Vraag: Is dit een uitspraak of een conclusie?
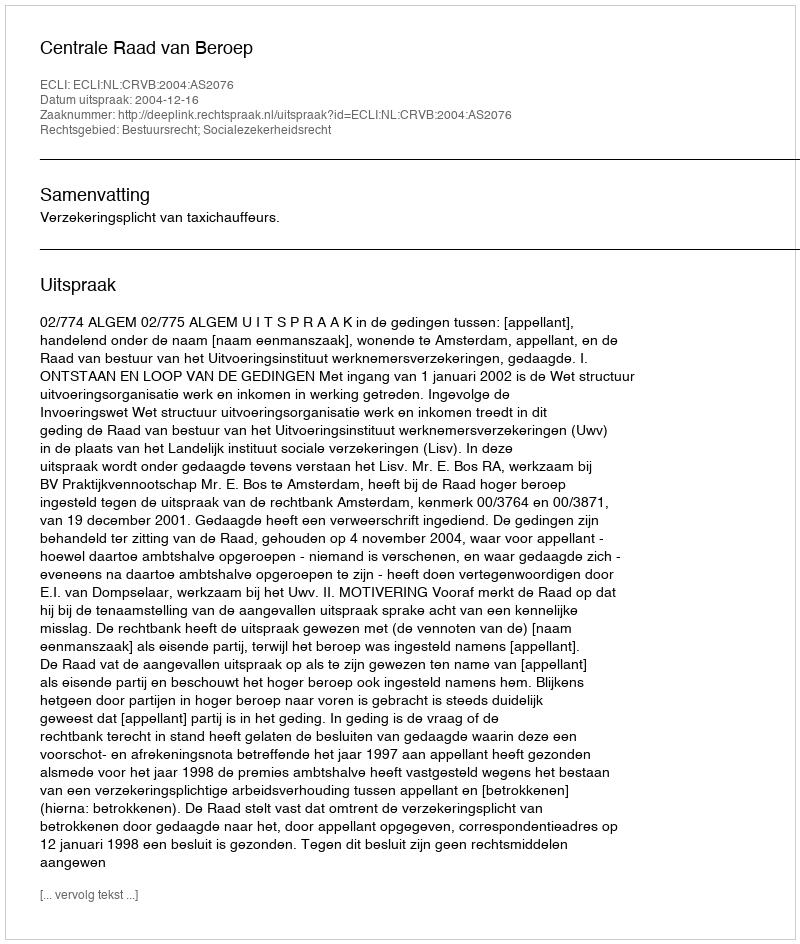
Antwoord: Uitspraak